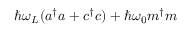
\hbar \omega _ { L } ( a ^ { \dagger } a + c ^ { \dagger } c ) + \hbar \omega _ { 0 } m ^ { \dagger } m